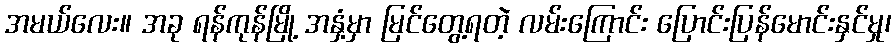
အမယ်လေး။ အခု ရန်ကုန်မြို့ အနှံ့မှာ မြင်တွေ့ရတဲ့ လမ်းကြောင်း ပြောင်းပြန်မောင်းနှင်မှု၊